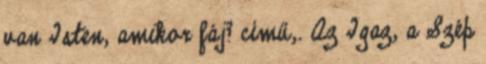
van Isten, amikor fáj? című,. Az Igaz, a Szép